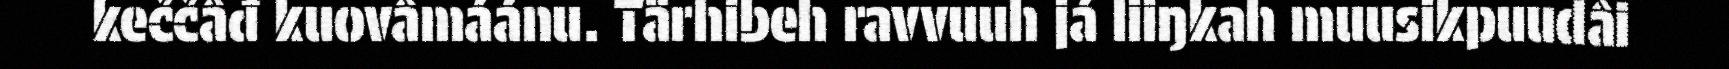
keččâđ kuovâmáánu. Tärhibeh ravvuuh já liiŋkah muusikpuudâi